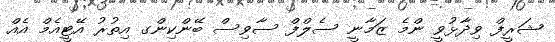
ޝަރީފް ވިދާޅުވީ ންމެ ޒަމާނީ ސެލްފް ސާވިސް ބޭންކިންގ އިތުރު އޭޓީއެމް އެއް